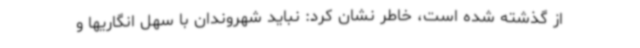
از گذشته شده است، خاطر نشان کرد: نباید شهروندان با سهل انگاریها و